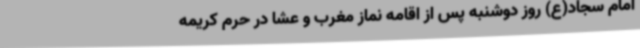
امام سجاد(ع) روز دوشنبه پس از اقامه نماز مغرب و عشا در حرم کریمه